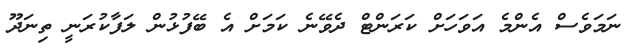
ނަމަވެސް އެންމެ އަވަހަށް ކަރަންޓް ދެވޭނެ ކަމަށް އެ ބޭފުޅުން ލަފާކުރަނީ ތިނަދޫ